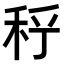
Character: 𥞉